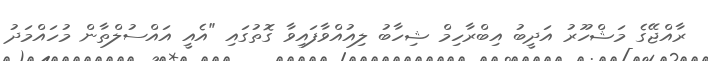
ރާއްޖޭގެ މަޝްހޫރު އަދީބު އިބްރާހިމް ޝިހާބު ލިއުއްވާފައިވާ ގޮތުގައި "އެއީ އައްސުލްތާން މުހައްމަދު